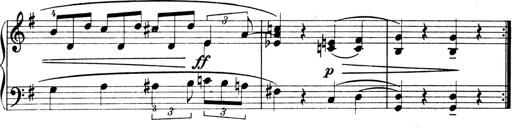
Title: 4 Sonatines
Composer: Max Reger